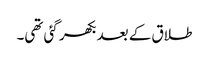
طلاق کے بعد بکھر گئی تھی۔